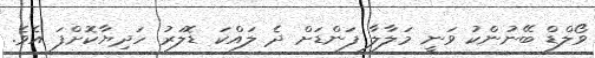
ވޯލްޑް ބޭނުންކު ވަނީ މަލާލާ ފަންޑަށް ދެ ލައްކަ ޑޮލަރު ހަދިޔާކޮށްފަ އެވެ.